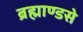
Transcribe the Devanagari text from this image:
ब्रह्माण्डसे